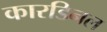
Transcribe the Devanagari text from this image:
कारडिनल